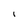
Character: I